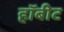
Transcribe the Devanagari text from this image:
हॉबीट